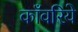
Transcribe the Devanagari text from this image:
काँवरिये